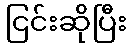
ငြင်းဆိုပြီး